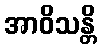
အာဝိသန္တိ